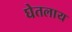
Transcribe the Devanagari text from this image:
घेतलाय